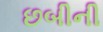
છબીની